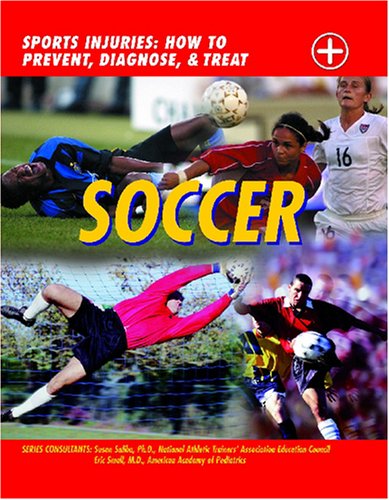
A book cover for Soccer (Sports Injuries); Pete Farrow; Teen & Young Adult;